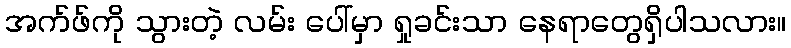
အက်ဖ်ကို သွားတဲ့ လမ်း ပေါ်မှာ ရှုခင်းသာ နေရာတွေရှိပါသလား။